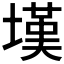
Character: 𰊚